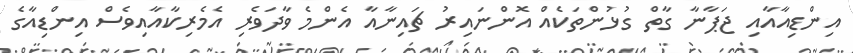
އިންޑިއާއާއި ޖަޕާނާ ގާތް ގުޅުންތަކެއް އޮންނައިރު ޗައިނާއާ އެންމެ ވާދަވެރި އެމެރިކާއާއިވެސް އިންޑިއާގެ